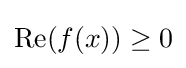
\operatorname {Re} (f(x))\geq 0